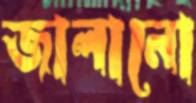
জালানো